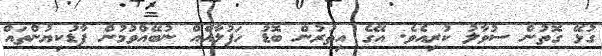
ގުޅޭ ގޮތުން ސުވާލު ކުރިއެވެ. އޭގެ އިތުރުން ބޮޑު ހަފުލާއެއް ނުބޭއްވުމުން ފާޑުކިޔުންތައް